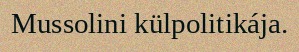
Mussolini külpolitikája.